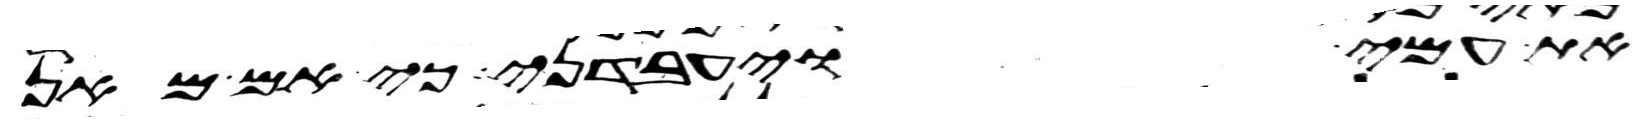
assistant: את עמי ויעבדני כי אם מאן